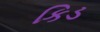
કિડ